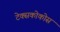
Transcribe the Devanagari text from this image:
टेक्सकोकोस